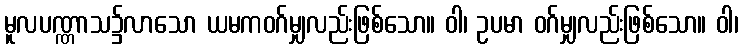
မူလပဏ္ဏာသ၌လာသော ယမကဝဂ်မျှလည်းဖြစ်သော။ ဝါ၊ ဥပမာ ဝဂ်မျှလည်းဖြစ်သော။ ဝါ၊